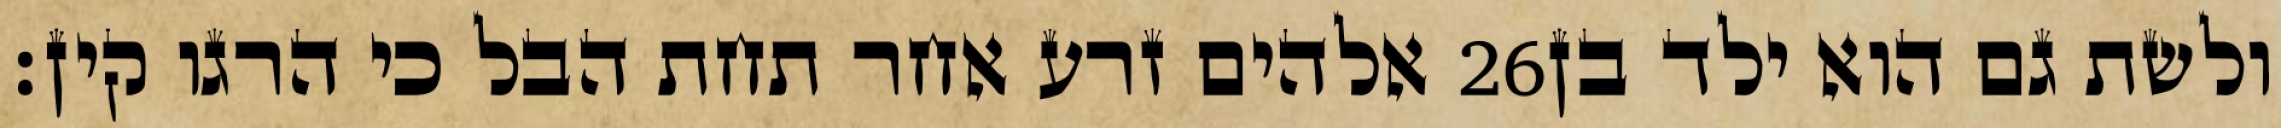
אלהים זרע אחר תחת הבל כי הרגו קין׃ ‎26‏ ולשת גם הוא ילד בן